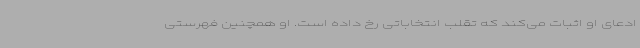
ادعای او اثبات می‌کند که تقلب انتخاباتی رخ داده است. او همچنین فهرستی